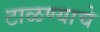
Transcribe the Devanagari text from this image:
टाळण्याचे